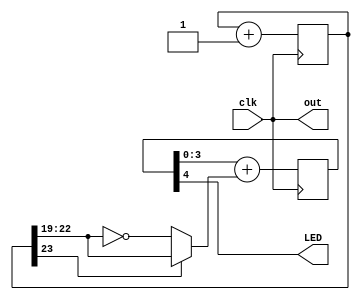
// top.v

module LEDglow(clk, LED, out);
input clk;
output LED, out;

reg [23:0] cnt;
always @(posedge clk) cnt<=cnt+1;

wire [3:0] PWM_input = cnt[23] ? cnt[22:19] : ~cnt[22:19];
reg [4:0] PWM;
always @(posedge clk) PWM <= PWM[3:0]+PWM_input;

assign LED = PWM[4];
assign out = clk;
endmodule